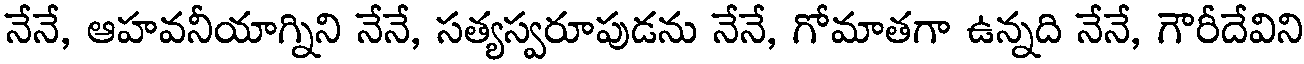
నేనే, ఆహవనీయాగ్నిని నేనే, సత్యస్వరూపుడను నేనే, గోమాతగా ఉన్నది నేనే, గౌరీదేవిని